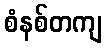
စံနစ်တကျ